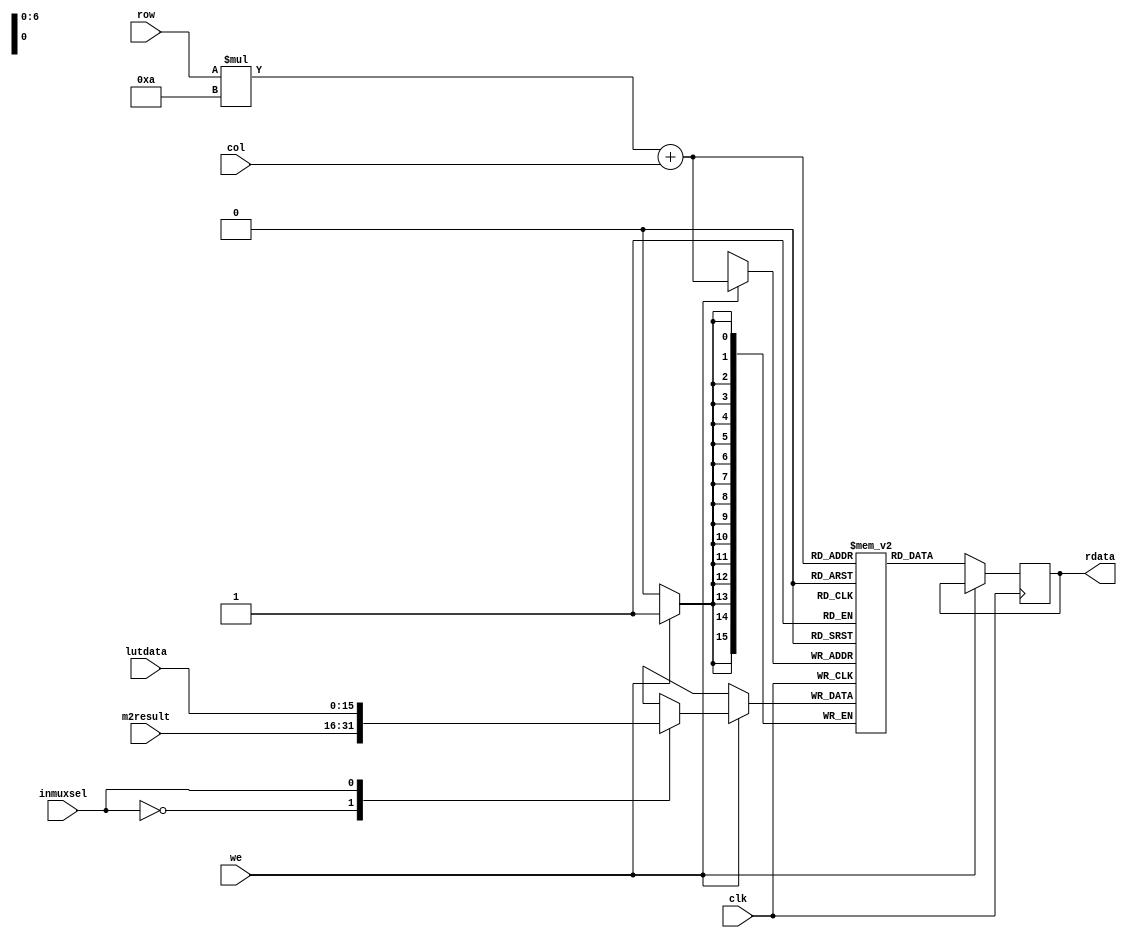
module gSRAM(
clk,
we,
row,
col,
//wdata, //write data
m2result,
lutdata,
inmuxsel,
rdata  //read data
);

input clk, we, inmuxsel;
input [3:0] row, col;
//input [15:0] wdata;
input [15:0] lutdata;
input [15:0] m2result;
output [15:0] rdata;

reg [15:0] rdata;
reg [15:0] wdata;

//2D array 10 by 10 composed of 16 bit elements
//Row major order
reg [15:0] mem [9:0][9:0];


integer r;
integer c;

//initialize gSRAM to be all zero
initial
begin

  for (r=0; r < 10; r=r+1) begin
    for (c=0; c < 10; c=c+1) begin
      mem[r][c] = 0;
    end
  end

end

always @ (m2result, lutdata, inmuxsel)
begin
   case(inmuxsel)
   1'b0: begin wdata = m2result; end
   1'b1: begin wdata = lutdata; end
   endcase
end

always @ (posedge clk)
begin
  
  if(we == 1'b1) begin
    mem[row][col] <= wdata;
  end

  else begin
    rdata <= mem[row][col];
  end

end




endmodule